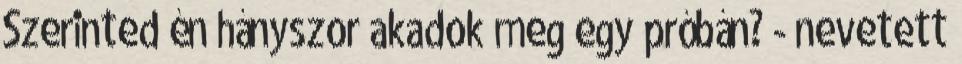
Szerinted én hányszor akadok meg egy próbán? - nevetett